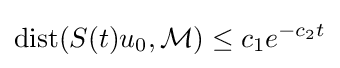
{\text{dist}}(S(t)u_{0},{\mathcal {M}})\leq c_{1}e^{-c_{2}t}